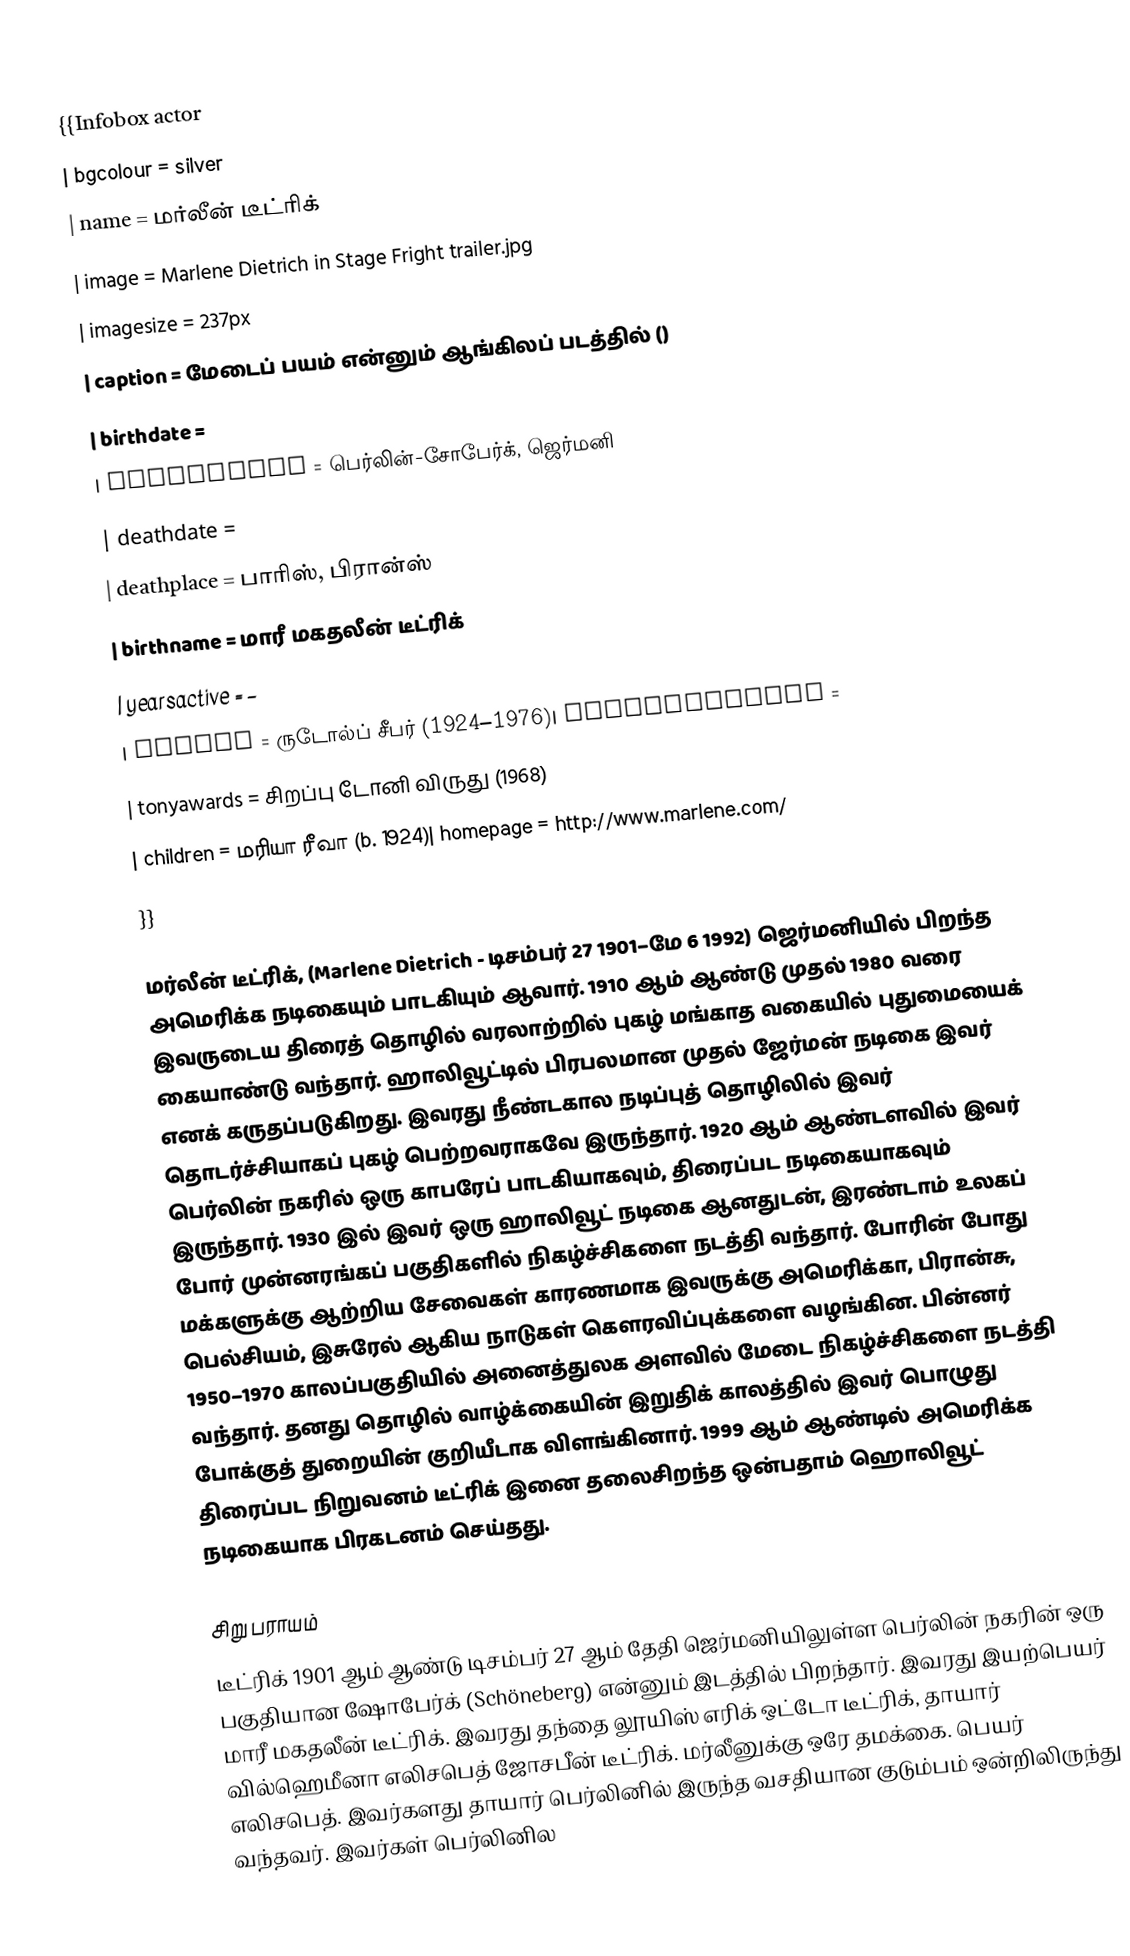
{{Infobox actor
| bgcolour     = silver
| name         = மர்லீன் டீட்ரிக்
| image        = Marlene Dietrich in Stage Fright trailer.jpg
| imagesize    = 237px
| caption      = மேடைப் பயம் என்னும் ஆங்கிலப் படத்தில் ()
| birthdate    =
| birthplace   = பெர்லின்-சோபேர்க், ஜெர்மனி
| deathdate    =
| deathplace   = பாரிஸ், பிரான்ஸ்
| birthname    = மாரீ மகதலீன் டீட்ரிக்
| yearsactive  = –
| spouse       = ருடோல்ப் சீபர் (1924–1976)| academyawards =
| tonyawards = சிறப்பு டோனி விருது (1968)
| children = மரியா ரீவா (b. 1924)| homepage = http://www.marlene.com/
}}

மர்லீன் டீட்ரிக், (Marlene Dietrich - டிசம்பர் 27 1901–மே 6 1992) ஜெர்மனியில் பிறந்த அமெரிக்க நடிகையும் பாடகியும் ஆவார். 1910 ஆம் ஆண்டு முதல் 1980 வரை இவருடைய திரைத் தொழில் வரலாற்றில் புகழ் மங்காத வகையில் புதுமையைக் கையாண்டு வந்தார். ஹாலிவூட்டில் பிரபலமான முதல் ஜேர்மன் நடிகை இவர் எனக் கருதப்படுகிறது. இவரது நீண்டகால நடிப்புத் தொழிலில் இவர் தொடர்ச்சியாகப் புகழ் பெற்றவராகவே இருந்தார். 1920 ஆம் ஆண்டளவில் இவர் பெர்லின் நகரில் ஒரு காபரேப் பாடகியாகவும், திரைப்பட நடிகையாகவும் இருந்தார். 1930 இல் இவர் ஒரு ஹாலிவூட் நடிகை ஆனதுடன், இரண்டாம் உலகப் போர் முன்னரங்கப் பகுதிகளில் நிகழ்ச்சிகளை நடத்தி வந்தார். போரின் போது மக்களுக்கு ஆற்றிய சேவைகள் காரணமாக இவருக்கு அமெரிக்கா, பிரான்சு, பெல்சியம், இசுரேல் ஆகிய நாடுகள் கௌரவிப்புக்களை வழங்கின. பின்னர் 1950–1970 காலப்பகுதியில் அனைத்துலக அளவில் மேடை நிகழ்ச்சிகளை நடத்தி வந்தார். தனது தொழில் வாழ்க்கையின் இறுதிக் காலத்தில் இவர் பொழுது போக்குத் துறையின் குறியீடாக விளங்கினார். 1999 ஆம் ஆண்டில் அமெரிக்க திரைப்பட நிறுவனம் டீட்ரிக் இனை தலைசிறந்த ஒன்பதாம் ஹொலிவூட் நடிகையாக பிரகடனம் செய்தது.

 சிறு பராயம்
டீட்ரிக் 1901 ஆம் ஆண்டு டிசம்பர் 27 ஆம் தேதி ஜெர்மனியிலுள்ள பெர்லின் நகரின் ஒரு பகுதியான ஷோபேர்க் (Schöneberg) என்னும் இடத்தில் பிறந்தார். இவரது இயற்பெயர் மாரீ மகதலீன் டீட்ரிக். இவரது தந்தை லூயிஸ் எரிக் ஒட்டோ டீட்ரிக், தாயார் வில்ஹெமீனா எலிசபெத் ஜோசபீன் டீட்ரிக். மர்லீனுக்கு ஒரே தமக்கை. பெயர் எலிசபெத். இவர்களது தாயார் பெர்லினில் இருந்த வசதியான குடும்பம் ஒன்றிலிருந்து வந்தவர். இவர்கள் பெர்லினில